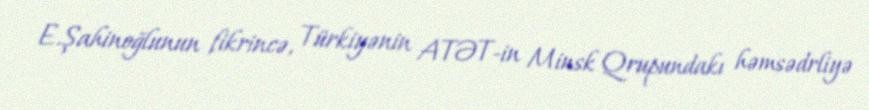
E.Şahinoğlunun fikrincə, Türkiyənin ATƏT-in Minsk Qrupundakı həmsədrliyə